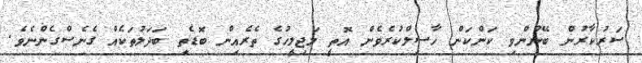
ސަރުކާރުން ބޭނުންވި ކަންކަން ހާސިލްކުރެވެން އޮތީ މަޖިލީހުގެ ތެރެއިން ބޮޑެތި ބަދަލުތަކެއް ގެނެސްގެންނެވެ.